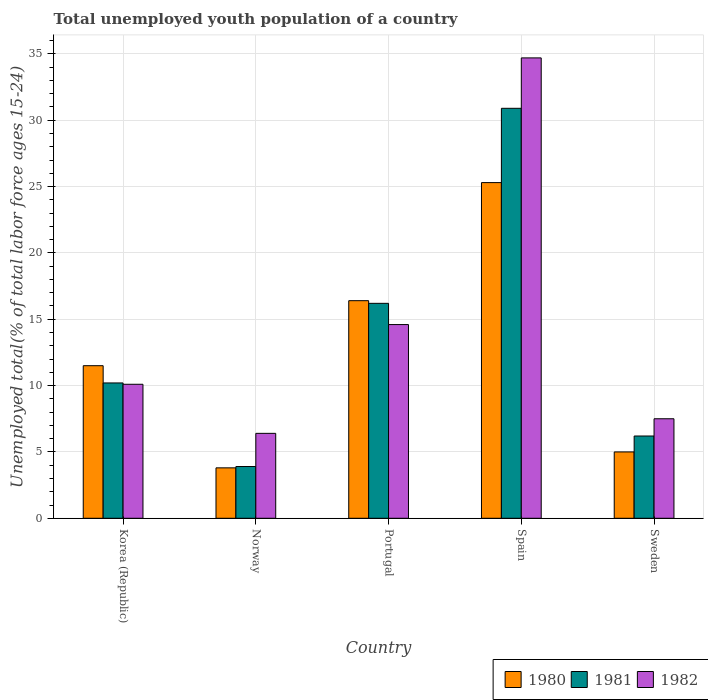
| Country | 1980 | 1981 | 1982 |
 | --- | --- | --- | --- |
 | Korea (Republic) | 11.5 | 10.2 | 10.1 |
 | Norway | 3.8 | 3.9 | 6.4 |
 | Portugal | 16.4 | 16.2 | 14.6 |
 | Spain | 25.3 | 30.9 | 34.7 |
 | Sweden | 5 | 6.2 | 7.5 |